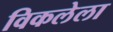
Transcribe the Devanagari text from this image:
विकलेला